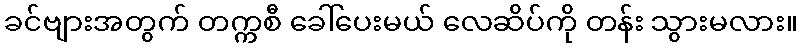
ခင်ဗျားအတွက် တက္ကစီ ခေါ်ပေးမယ် လေဆိပ်ကို တန်း သွားမလား။